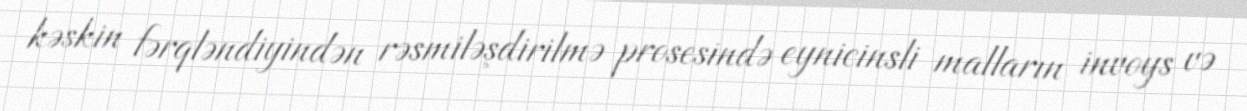
kəskin fərqləndiyindən rəsmiləşdirilmə prosesində eynicinsli malların invoys və